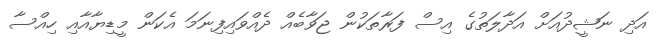
އަދި ނަޝީދުއަށް އަދާލަތުގެ އިސް ފަރާތަކުން ޖަވާބެއް ދެއްވައިފިނަމަ އެކަން މީޑިޔާއާއި ހިއްސާ